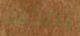
يمكنك